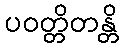
ပဝတ္တိတန္တိ